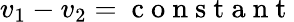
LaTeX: v_{1}-v_{2}=\mathrm{~c~o~n~s~t~a~n~t~}